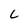
Character: c